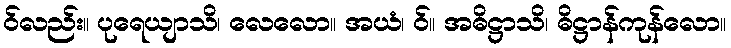
ဝ်လည်း။ ပုရေယျာသိ၊ လေလော။ အယံ၊ ဝ်။ အဓိဋ္ဌာသိ၊ ဓိဋ္ဌာန်ကုန်လော။